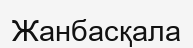
Жанбасқала